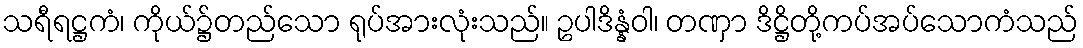
သရီရဋ္ဌကံ၊ ကိုယ်၌တည်သော ရုပ်အားလုံးသည်။ ဥပါဒိန္နံဝါ၊ တဏှာ ဒိဋ္ဌိတို့ကပ်အပ်သောကံသည်